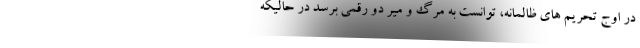
در اوج تحریم های ظالمانه، توانست به مرگ و میر دو رقمی برسد در حالیکه